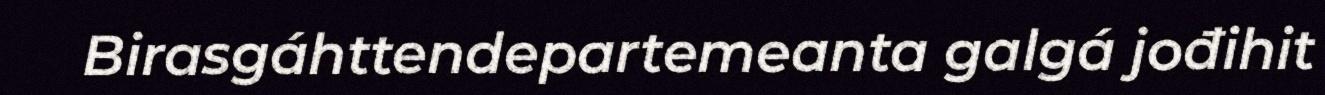
Birasgáhttendepartemeanta galgá jođihit